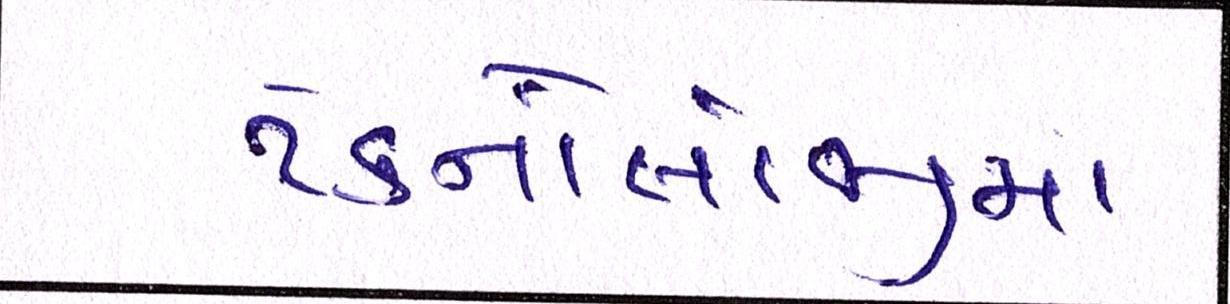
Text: ટેક્નોલોજીમાં